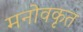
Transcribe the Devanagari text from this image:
मनोवकृत